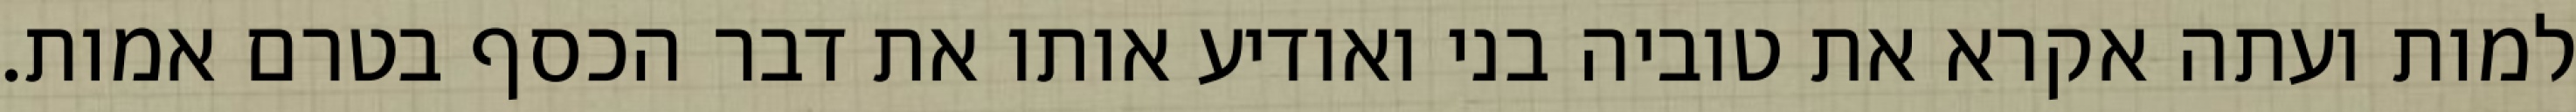
למות ועתה אקרא את טוביה בני ואודיע אותו את דבר הכסף בטרם אמות.